Report on the lunatic asylums under the Government of Bombay - 1904-1913
Year: 1904
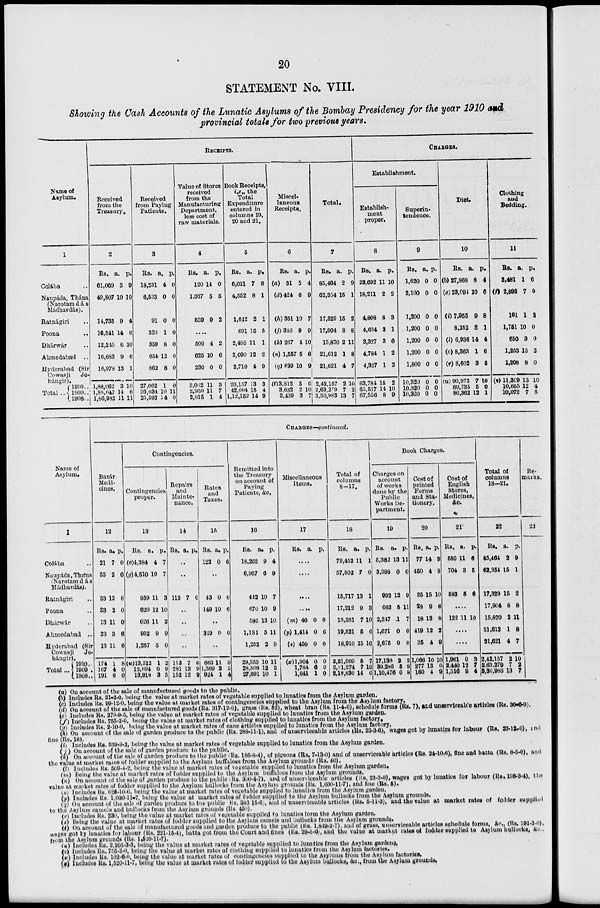
20
STATEMENT No. VIII.
Showing the Cash Accounts of the Lunatic Asylums of the Bombay Presidency for the year 1910 and
provincial totals for two previous years.
Name of
Asylum.
1.
Colába ..
Naupáda, Thána
(Narotam dás
Mádhavdás).
Ratnágiri ..
Poona ..
Dhárwár ..
Ahmedabad
..
Hyderabad (Sir
Cowasji Je-
hángir
Total ..
1910..
1909..
1908..
RECEIPTS.
Received
from the
Treasury.
2
Rs.
61,069
49,807
14,735
16,541
12,245
16,683
16,978
1,88,062
1,88,047
1,66,982
a.
3
10
9
14
6
9
13
3
14
11
p.
9
10
4
6
10
6
1
10
6
11
Received
from Paying
Patients.
3
Rs.
18,231
6,533
91
330
359
654
862
27,062
26,634
25,593
a.
4
0
0
1
8
13
8
1
10
14
p.
0
0
0
0
0
0
0
0
11
0
Value of Stores
received
from the
Manufacturing
Department,
less cost of
raw materials.
4
Rs.
120
1,037
530
a.
14
6
9
p.
0
5
2
....
509
625
230
3,062
2,959
2,815
4
10
0
11
11
1
2
6
0
3
7
4
Book Receipts,
i.e., the
Total
Expenditure
entered in
columns 19,
20 and 21.
5
Rs.
6,011
4,552
1,612
691
2,488
2,090
2,710
20,157
42,004
1,12,152
a.
7
8
2
15
11
12
4
13
15
14
p.
8
1
1
5
1
2
9
3
4
9
Miscel-
laneous
Receipts.
6
Rs.
(a) 31
(d)424
(h) 351
(j) 340
(k) 267
(n) 1,557
(q) 839
(t)3,812
3,632
3,439
a.
5
6
10
9
4
5
10
5
2
3
p.
4
9
7
9
10
6
9
6
10
7
Total.
7
Rs.
85,464
62,354
17,329
17,904
15,870
21,612
21,621
2,43,157
2,63,279
3,30,983
a.
2
15
15
8
2
1
4
2
7
13
p.
9
1
2
8
11
8
7
10
2
7
CHARGES.
Establishment.
Establish-
ment
proper.
8
Rs.
23,692
18,211
4,808
4,634
3,327
4,784
4,327
63,784
65,517
67,556
a.
11
2
8
3
3
1
1
15
14
8
p.
10
2
3
1
6
2
2
2
10
9
Superin-
tendence.
9
Rs.
1,620
2,100
1,200
1,200
1,200
1,200
1,800
10,320
10,320
10,320
a.
0
0
0
0
0
0
0
0
0
0
p.
0
0
0
0
0
0
0
0
0
0
Diet.
10
Rs.
(b) 27,868
(e) 23,094
(i) 7,955
8,152
(l) 6,936
(o) 8,363
(r) 8,602
(u) 90,973
89,735
86,362
a.
8
10
9
8
14
1
3
7
5
12
p.
4
6
8
1
4
6
5
10
0
1
Clothing
and
Bedding.
11
Rs.
3,481
(f) 2,893
161
1,751
650
1,253
1,208
(v) 11,399
10,655
10,072
a.
1
7
1
10
3
15
8
13
12
7
p.
6
0
2
0
0
2
0
10
4
5
Name of
Asylum.
1
Colába ..
Naupádn,Thána
(Narotam dás
Mádhavdás).
Ratnágiri ..
Poona ..
Dhárwár ..
Ahmedabad ..
Hyderabad (Sir
Cowasji Je-
hángir).
Total...
1910..
1909..
1908..
CHARGES—continued.
Bazár
Medi-
cines.
12
Rs.
21
35
33
33
13
23
13
174
167
191
a.
7
2
12
2
11
3
11
1
4
6
p.
0
0
8
0
0
6
6
8
0
0
Contingencies.
Contingencies
proper.
13
Rs.
(c)4,384
(g)4,510
959
620
626
952
1,257
(w)13,312
12,694
13,918
a.
4
10
11
12
11
9
5
1
0
3
p.
7
7
3
10
2
9
0
2
9
5
Repairs
and
Mainte-
nance.
14
Rs. a. p.
..
..
113 7 0
..
..
..
..
113
281
152
7
13
12
6
9
9
Rates
and
Taxes.
15
Rs.
122
a.
0
p.
6
..
43
149
0
10
0
6
..
349 0 0
..
663
1,309
924
11
3
1
0
5
4
Remitted into
the Treasury
on account Of
Paying
Patients, &c.
16
Rs.
18,262
6,957
412
670
586
1,181
1,252
29,353
28,808
27,691
a.
9
6
10
10
12
5
2
10
12
10
p.
4
9
7
9
10
11
9
11
3
1
Miscellaneous
Items.
17
Rs. a a. p.
....
....
....
....
(m) 40
(p) 1,414
(s) 450
(x) 1,904
1,784
1,641
0
0
0
0
6
1
0
6
0
0
0
0
Total of
columns
8-17.
18
Rs.
79,452
57,802
15,717
17,212
13,381
10,521
18,010
2,21,999
2,21,274
2,18,830
a.
11
7
13
9
7
6
15
5
7
14
p.
1
0
1
3
10
6
10
7
10
0
Book Charges.
Charges on
account
of works
done by the
Public
Works De-
partment.
19
Rs.
5,382
3,398
992
663
2,347
1,671
2,675
17,130
39,286
1,10,476
a.
13
0
12
5
1
0
0
2
6
0
p.
11
0
9
11
7
0
0
2
9
8
Cost of
printed
Forms
and Sta-
tionery.
20
Rs.
77
450
35
23
18
419
35
1,066
277
160
a.
14
4
15
9
13
12
4
10
13
4
p.
3
8
10
6
8
2
9
10
0
9
Cost of
English
Stores,
Medicines,
&c.
21
Rs.
550
704
583
a.
11
3
5
p.
6
5
6
....
122 11 10
....
....
1,961
2,440
1,516
0
12
9
3
7
4
Total of
columns
18-21.
22
Rs.
85,464
62,354
17,320
17,904
15,870
21,612
21,621
2,42,157
2,63,270
3,30,983
a.
2
15
15
8
2
1
4
2
7
13
p.
9
1
2
8
11
8
7
10
2
7
Re-
marks.
23
(a) On account of the sale of manufactured goods to the public.
(b) Includes Rs. 21-2-0, being the value at market rates of vegetable supplied to lunatics from the Asylum garden.
(c) Includes Rs. 99-12-0, being the value at market rates of contingencies supplied to the Asylum from the Asylum factory.
(d) On account of the sale of manufactured goods (Rs. 317-12-0), grass (Rs. 52), wheat bran (Rs. 11-4-0), schedule forms (Rs. 7), ard unserviceable articles (Rs. 36-6-9).
(e) Includes Rs. 279-9-5, being the value at market rates of vegetable supplied to lunatics from the Asylum garden.
(f) Includes Rs. 755-2-0, being the value at market rates of clothing supplied to lunatics from the Asylum factory.
(g) Includes Rs. 2-10-0, being the value at market rates of cane articles supplied to lunatics from the Asylum factory.
(h) On account of the sale of garden produce to the public (Rs. 288-11-1), and of unserviceable articles (Rs. 23-3-6), wages got by lunatics for labour (Rs. 23-12-0), and
fine (Rs. 16).
(i) Includes Rs. 539-9-2, being the value at market rates of vegetable supplied to lunatics from the Asylum garden.
(j) On account of the sale of garden produce to the public,
(k) On account of the sale of garden produce to the public (Rs. 186-8-4), of pigeons (Rs. 7-13-0) and of unserviceable articles (Rs. 24-10-6), fine and batta (Rs. 8-5-0), and
the value at market rates of fodder supplied to the Asylum buffaloes from the Asylum grounds (Rs. 40).
(l) Includes Rs. 509-4-2, being the value at market rates of vegetable supplied to lunatics from the Asylum garden.
(m) Being the value at market rates of fodder supplied to the Asylum buffaloes from the Asylum grounds.
(n) On account of the sale of garden produce to the public (Rs. 300-4-7), and of unserviceable articles (Rs. 23-2-0), wages got by lunatics for labour (Rs. 198-3-4), the
value at market rates of fodder supplied to the Asylum bullocks from the Asylum grounds (Rs. 1,030-11-7), and fine (Rs. 5).
(o) Includes Rs. 625-10-6, being the value at market rates of vegetable supplied to lunatics from the Asylum garden.
(p) Includes Rs. 1,030-11-7, being the value at market rates of fodder supplied to the Asylum bullocks from the Asylum grounds.
(q) On account of the sale of garden produce to the public Rs. 383-15-6), and of unserviceable articles (Rs. 5-11-3), and the value at market rates of fodder supplied
to the Asylum camels and bullocks from the Asylum grounds (Rs 450).
(r) Includes Rs. 230, being the value at market rates of vegetable supplied to lunatics form the Asylum garden.
(s) Being the value at market rates of fodder supplied to the Asylum camels and bullocks from the Asylum grounds.
(t) On account of the sale of manufactured goods and garden produce to the public (Rs. 1,849-2-7), and of grass, unserviceable articles schedule forms, &c., (Rs. 191-3-0),
wages got by lunatics for labour (Rs. 221-15-4), batta got from the Court and fines (Rs. 29-5-0.), and the value at market rates of fodder supplied to Asylum bullocks, &c.,
from the Asylum grounds (Rs. 1,520-11-7).
(u) Includes Rs. 2,205-3-3, being the value at market rates of vegetable supplied to lunatics from the Asylum gardens.
(v) Includes Rs. 755-2-0, being the value at market rates of clothing supplied to lunatics from the Asylum factories.
(w) Includes Rs. 102-6-0, being the value at market rates of contingencies supplied to the Asylums from the Asylum factories.
(x) Includes Rs. 1,520-11-7, being the value at market rates of fodder supplied to the Asylum bullocks, &c., from the Asylum grounds.